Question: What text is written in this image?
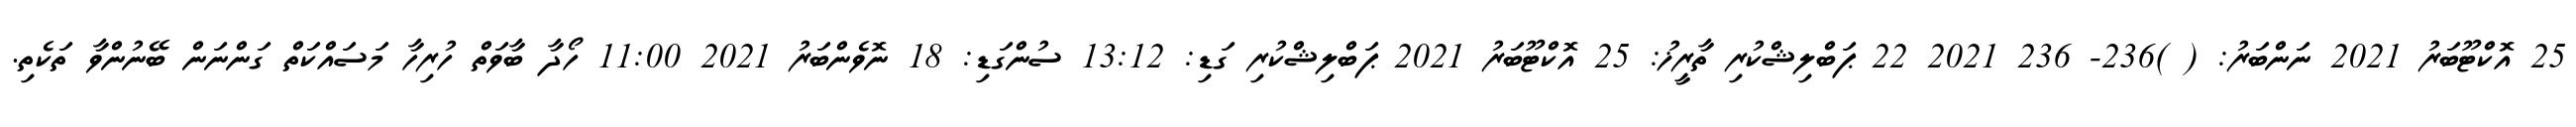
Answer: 25 އޮކްޓޫބަރު 2021 ނަންބަރު: ( )236- 236 2021 22 ޕަބްލިޝްކުރި ތާރީޚު: 25 އޮކްޓޫބަރު 2021 ޕަބްލިޝްކުރި ގަޑި: 13:12 ސުންގަޑި: 18 ނޮވެންބަރު 2021 11:00 ހޯދާ ބާވަތް ހުރިހާ މަސައްކަތް ގަންނަން ބޭނުންވާ ތަކެތި.